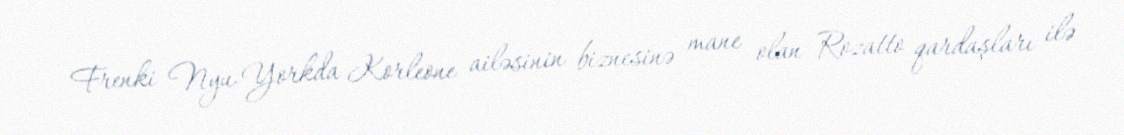
Frenki Nyu-Yorkda Korleone ailəsinin biznesinə mane olan Rozatto qardaşları ilə